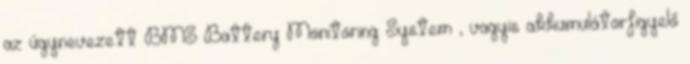
az úgynevezett BMS Battery Monitoring System , vagyis akkumulátorfigyelő